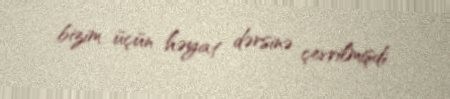
bizim üçün həyat dərsinə çevrilmişdi.